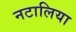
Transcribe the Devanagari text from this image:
नटालिया